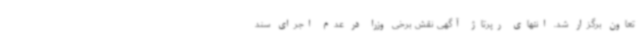
تعاون برگزار شد. انتهای رپرتاژ آگهی نقش برخی وزرا در عدم اجرای سند